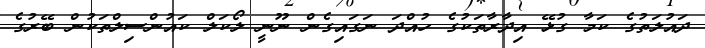
ދައުލަތުގެ ކަމާ ގުޅޭ އިދާރާތަކުގެ ހުއްދަ ނަގައިގެން ނޫނީ ލޯކަލް ކައުންސިލްތަކުން ބޭރުގެ